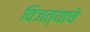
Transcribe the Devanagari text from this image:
विजत्याचे